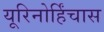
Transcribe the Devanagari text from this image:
यूरिनोर्हिंचास